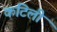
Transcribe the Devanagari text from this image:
कंटिली